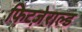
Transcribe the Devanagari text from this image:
फिटज़ेराल्ड